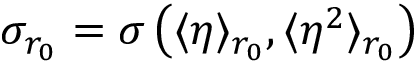
\sigma _ { r _ { 0 } } = \sigma \left( \langle \eta \rangle _ { r _ { 0 } } , \langle \eta ^ { 2 } \rangle _ { r _ { 0 } } \right)